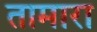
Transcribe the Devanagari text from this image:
तामारा